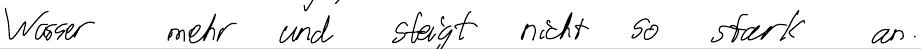
Wasser mehr und steigt nicht so stark an.